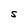
Character: S